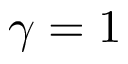
\gamma = 1